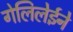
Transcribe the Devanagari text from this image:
गेलिलेईने